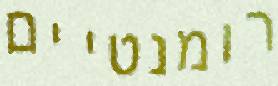
רומנטיים